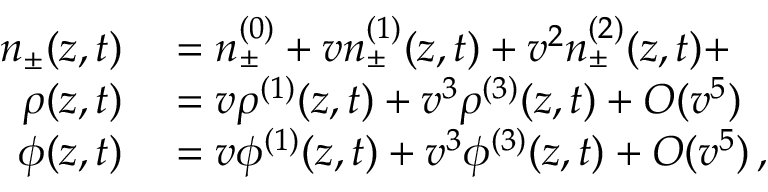
\begin{array} { r l } { n _ { \pm } ( z , t ) } & { { } = n _ { \pm } ^ { ( 0 ) } + v n _ { \pm } ^ { ( 1 ) } ( z , t ) + v ^ { 2 } n _ { \pm } ^ { ( 2 ) } ( z , t ) + } \\ { \rho ( z , t ) } & { { } = v \rho ^ { ( 1 ) } ( z , t ) + v ^ { 3 } \rho ^ { ( 3 ) } ( z , t ) + O ( v ^ { 5 } ) } \\ { \phi ( z , t ) } & { { } = v \phi ^ { ( 1 ) } ( z , t ) + v ^ { 3 } \phi ^ { ( 3 ) } ( z , t ) + O ( v ^ { 5 } ) \, , } \end{array}